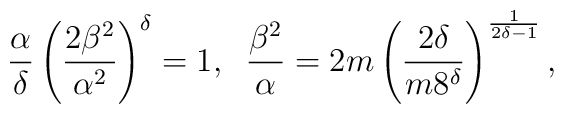
\frac{\alpha }{\delta } \left( \frac{2 \beta^2}{\alpha^2}\right)^{\delta }=1, \; \; \frac{\beta^2}{\alpha } = 2m \left(\frac{2\delta }{m 8^{\delta }} \right)^{\frac{1}{2\delta -1}},